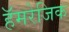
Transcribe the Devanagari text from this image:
हॅमरेजिक